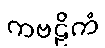
ကဗဠိကံ